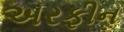
અરફીન